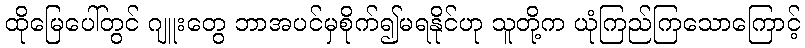
ထိုမြေပေါ်တွင် ဂျူးတွေ ဘာအပင်မှစိုက်၍မရနိုင်ဟု သူတို့က ယုံကြည်ကြသောကြောင့်